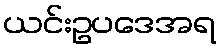
ယင်းဥပဒေအရ